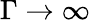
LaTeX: \Gamma\to\infty